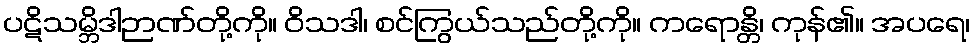
ပဋိသမ္ဘိဒါဉာဏ်တို့ကို။ ဝိသဒါ၊ စင်ကြွယ်သည်တို့ကို။ ကရောန္တိ၊ ကုန်၏။ အပရေ၊